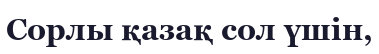
Сорлы қазақ сол үшін,